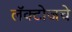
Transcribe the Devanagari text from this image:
लॅक्टोजचे